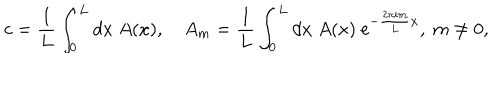
c = \frac { 1 } { L } \int _ { 0 } ^ { L } d x \ A ( x ) , \quad A _ { m } = \frac { 1 } { L } \int _ { 0 } ^ { L } d x \ A ( x ) \ \mathrm { e } ^ { - \frac { 2 \pi i m } { L } x } , \ m \neq 0 ,